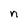
Character: n